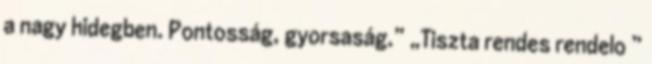
a nagy hidegben. Pontosság, gyorsaság.” „Tiszta rendes rendelo ”